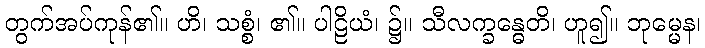
တွက်အပ်ကုန်၏။ ဟိ၊ သစ္စံ၊ ၏။ ပါဠိယံ၊ ၌။ သီလက္ခန္ဓေတိ၊ ဟူ၍။ ဘုမ္မေန၊